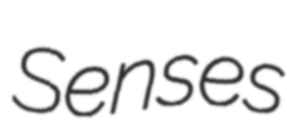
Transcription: Senses